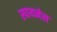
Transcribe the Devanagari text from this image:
स्पायनेल